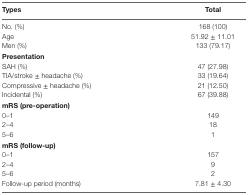
| Types | Total |
 | --- | --- |
 | No. (%) | 168 (100) |
 | Age | 51.92 ± 11.01 |
 | Men (%) | 133 (79.17) |
 | Presentation |  |
 | SAH (%) | 47 (27.98) |
 | TIA/stroke ± headache (%) | 33 (19.64) |
 | Compressive ± headache (%) | 21 (12.50) |
 | Incidental (%) | 67 (39.88) |
 | mRS (pre-operation) |  |
 | 0–1 | 149 |
 | 2–4 | 18 |
 | 5–6 | 1 |
 | mRS (follow-up) |  |
 | 0–1 | 157 |
 | 2–4 | 9 |
 | 5–6 | 2 |
 | Follow-up period (months) | 7.81 ± 4.30 |